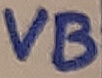
Text: VB